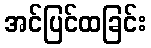
အင်ပြင်ထခြင်း